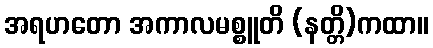
အရဟတော အကာလမစ္စူတိ (နတ္တိ)ကထာ။